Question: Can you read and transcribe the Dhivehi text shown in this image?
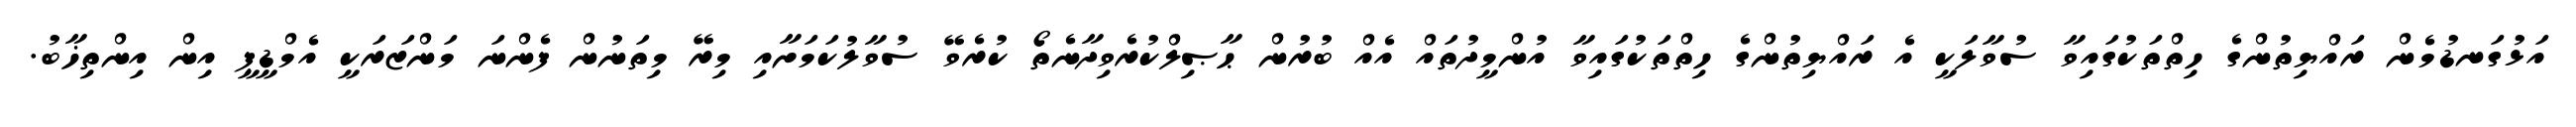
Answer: އަޅުގަނޑުމެން ރައްޔިތުންގެ ހިތްތަކުގައިވާ ސުވާލަކީ އެ ރައްޔިތުންގެ ހިތްތަކުގައިވާ އުންމީދުތައް އެއް ބުރުން ޙާޞިލްކުރެވިދާނެތޯ ކުރެވޭ ސުވާލުކަމަށާއި މިރޭ މިތަނުން ފެންނަ މަންޒަރަކީ އެމްޑީޕީ އިން އިންތިޚާބު.